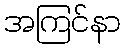
အကြင်နာ